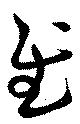
慰